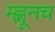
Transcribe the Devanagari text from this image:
म्ह्णूनच